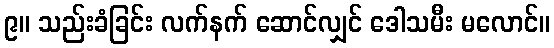
၉။ သည်းခံခြင်း လက်နက် ဆောင်လျှင် ဒေါသမီး မလောင်။